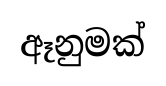
ඈනුමක්